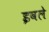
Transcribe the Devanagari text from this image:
इवले